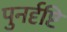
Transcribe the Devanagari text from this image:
पुनर्दृष्टि